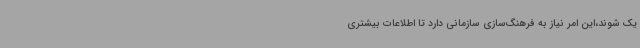
یک شوند،این امر نیاز به فرهنگ‌سازی سازمانی دارد تا اطلاعات بیشتری